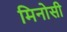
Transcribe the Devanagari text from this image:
मिनोसी